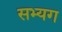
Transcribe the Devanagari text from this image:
सभ्यग